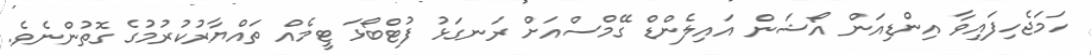
ހަމަޖެހިފައިވާ އިންޑިއަން އޯޝަން އައިލެންޑް ގޭމްސްއަށް ރަނގަޅު ފުޓްބޯޅަ ޓީމެއް ތައްޔާރުކުރުމުގެ ގޮތުންނެވެ.